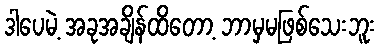
ဒါပေမဲ့ အခုအချိန်ထိတော့ ဘာမှမဖြစ်သေးဘူး